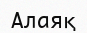
Алаяқ